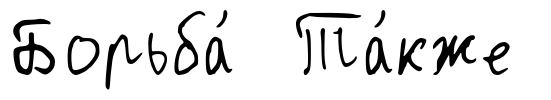
Борьба́ Та́кже